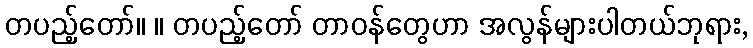
တပည့်တော်။ ။ တပည့်တော် တာဝန်တွေဟာ အလွန်များပါတယ်ဘုရား,